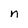
Character: n